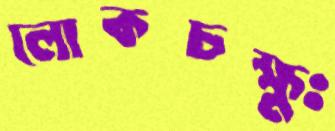
লোকচক্ষুঃ